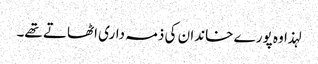
لہذا وہ پورے خاندان کی ذمہ داری اٹھاتے تھے۔